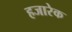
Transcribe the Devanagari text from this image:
हजारेक